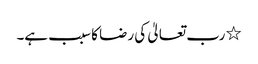
٭ رب تعالیٰ کی رضا کا سبب ہے۔